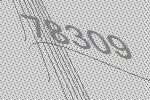
78309